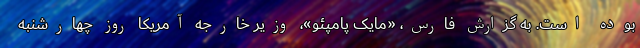
بوده است. به گزارش فارس، «مایک پامپئو»، وزیر خارجه آمریکا روز چهارشنبه